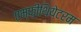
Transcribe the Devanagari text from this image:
एम्फ़ीथियेटरम